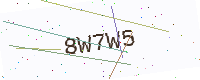
Text: 8W7W5